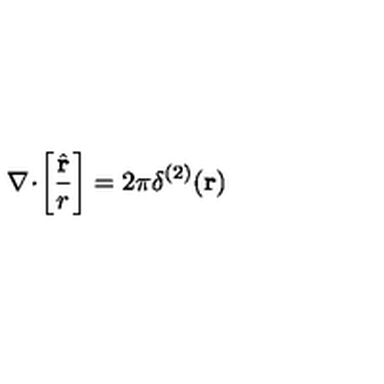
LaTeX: { \bf \nabla } \! \cdot \! \left[ \frac { \hat { \bf r } } { r } \right] = 2 \pi \delta ^ { ( 2 ) } ( { \bf r } )